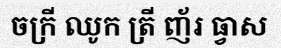
ចក្រី ឈូក ត្រី ញ័រ ធ្វាស